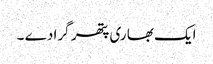
ایک بھا ری پتھر گرا دے ۔